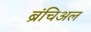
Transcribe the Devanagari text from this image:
ब्रंचिअल